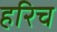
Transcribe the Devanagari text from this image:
हरिच